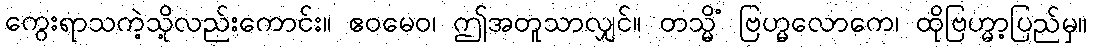
ကွေးရာသကဲ့သို့လည်းကောင်း။ ဧဝမေဝ၊ ဤအတူသာလျှင်။ တသ္မိံ ဗြဟ္မလောကေ၊ ထိုဗြဟ္မာ့ပြည်မှ။